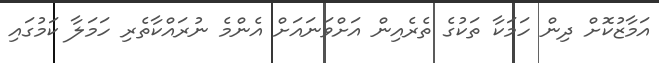
އަމާޒުކޮށް ދިން ހަމަކާ ތަކުގެ ތެރެއިން އަށްވަނައަށް އެންމެ ނުރައްކާތެރި ހަމަލާ ކަމުގައި